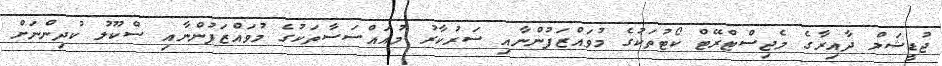
ޖުޑީޝަލް ދާއިރާގެ މެޖިސްޓްރޭޓް ކޯޓުތަކުގެ މުވައްޒަފުންނާއި ސަރުކާރު މުއައްސަސާތަކުގެ މުވައްޒަފުންނާއި ސްކޫލު ކުދިންނަށް